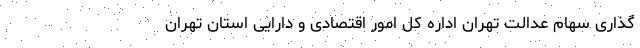
گذاری سهام عدالت تهران اداره کل امور اقتصادی و دارایی استان تهران